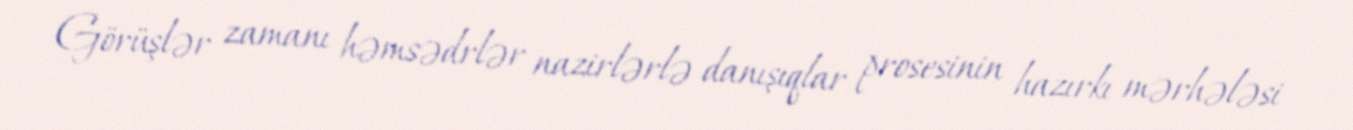
Görüşlər zamanı həmsədrlər nazirlərlə danışıqlar prosesinin hazırkı mərhələsi